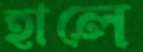
হালে